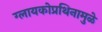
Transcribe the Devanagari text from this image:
ग्लायकोप्रथिनामुळे